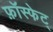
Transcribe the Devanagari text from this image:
फ़ॉस्फेट्